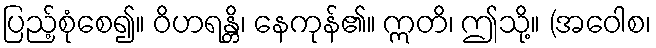
ပြည့်စုံစေ၍။ ဝိဟရန္တိ၊ နေကုန်၏။ ဣတိ၊ ဤသို့။ (အဝေါစ၊